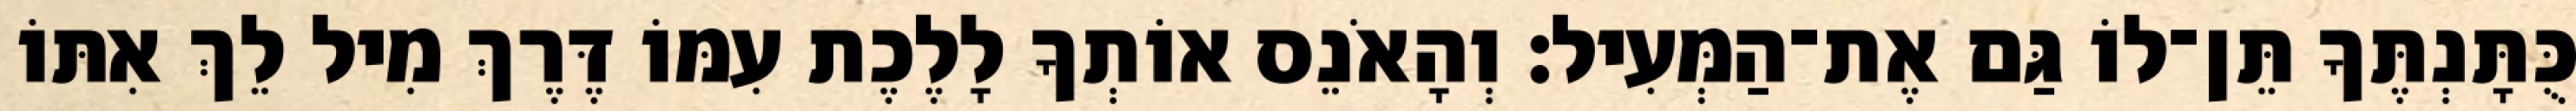
כֻּתָּנְתֶּךָ תֵּן־לוֹ גַּם אֶת־הַמְּעִיל׃ וְהָאֹנֵס אוֹתְךָ לָלֶכֶת עִמּוֹ דֶּרֶךְ מִיל לֵךְ אִתּוֹ